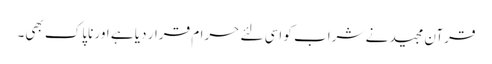
قرآن مجید نے شراب کو اسی لئے حرام قرار دیا ہے اور ناپاک بھی۔